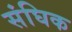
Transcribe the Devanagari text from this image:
संघिक